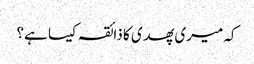
کہ میری پھدی کا ذائقہ کیسا ہے؟